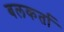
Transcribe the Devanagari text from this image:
बलकर्ता